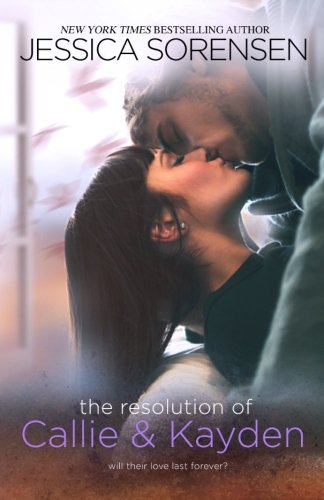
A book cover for The Resolution of Callie and Kayden (The Coincidence) (Volume 6); Jessica Sorensen; Romance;